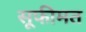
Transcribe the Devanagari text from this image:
सूफीमत